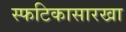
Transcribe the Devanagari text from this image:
स्फटिकासारखा